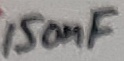
Text: 150nF